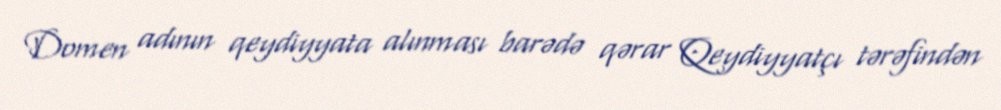
Domen adının qeydiyyata alınması barədə qərar Qeydiyyatçı tərəfindən